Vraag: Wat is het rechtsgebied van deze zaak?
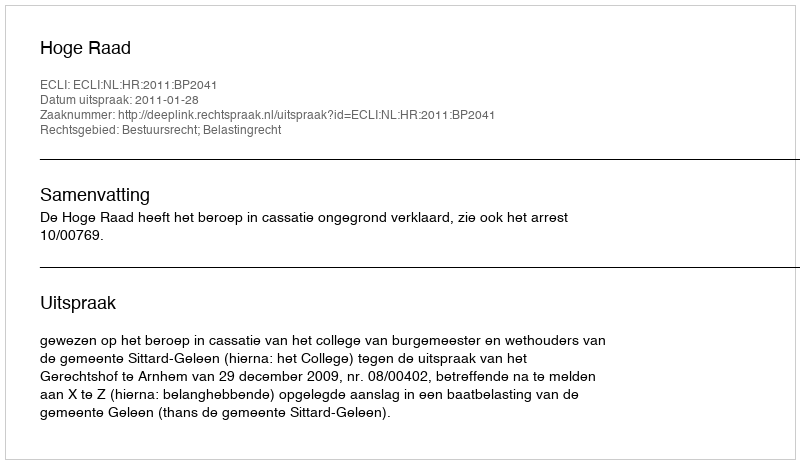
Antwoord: Bestuursrecht; Belastingrecht